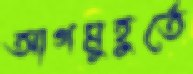
আগমুহুর্তে